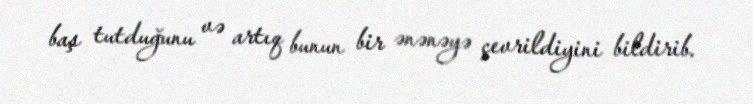
baş tutduğunu və artıq bunun bir ənənəyə çevrildiyini bildirib.